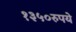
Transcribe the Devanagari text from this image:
१३५०रुपये